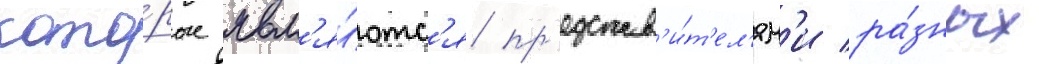
кото́рые явл'я́ютс'я пр'едстав'и́т'ел'ям'и ра́зных